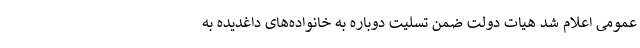
عمومی اعلام شد هیات دولت ضمن تسلیت دوباره به خانواده‌های داغدیده به